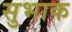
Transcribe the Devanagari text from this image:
सुभाक